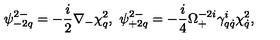
\psi _ { - 2 q } ^ { 2 - } = - \frac { i } { 2 } \nabla _ { - } \chi _ { q } ^ { 2 } , \ \psi _ { + 2 q } ^ { 2 - } = - \frac { i } { 4 } \Omega _ { + } ^ { - 2 i } \gamma _ { q \dot { q } } ^ { i } \chi _ { \dot { q } } ^ { 2 } ,